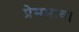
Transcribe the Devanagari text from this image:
प्रेमभाव।